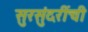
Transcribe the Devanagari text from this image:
सुरसुंदरींची